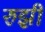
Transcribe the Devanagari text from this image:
रुझ़ी